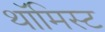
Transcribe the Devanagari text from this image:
थॉमिस्ट